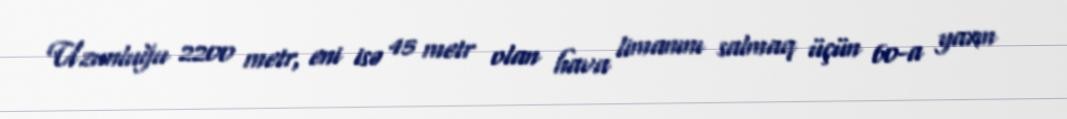
Uzunluğu 2200 metr, eni isə 45 metr olan hava limanını salmaq üçün 60-a yaxın